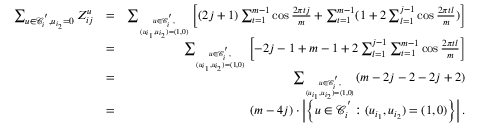
\begin{array} { r l r } { \sum _ { \boldsymbol { u } \in \mathcal { C } _ { i } ^ { ' } , u _ { i _ { 2 } } = 0 } Z _ { i j } ^ { \boldsymbol { u } } } & { = } & { \sum _ { \boldsymbol { u } \in \mathcal { C } _ { i } ^ { ' } , \atop ( u _ { i _ { 1 } } , u _ { i _ { 2 } } ) = ( 1 , 0 ) } \left[ ( 2 j + 1 ) \sum _ { t = 1 } ^ { m - 1 } \cos \frac { 2 \pi t j } { m } + \sum _ { t = 1 } ^ { m - 1 } ( 1 + 2 \sum _ { l = 1 } ^ { j - 1 } \cos \frac { 2 \pi t l } { m } ) \right] } \\ & { = } & { \sum _ { \boldsymbol { u } \in \mathcal { C } _ { i } ^ { ' } , \atop ( u _ { i _ { 1 } } , u _ { i _ { 2 } } ) = ( 1 , 0 ) } \left[ - 2 j - 1 + m - 1 + 2 \sum _ { l = 1 } ^ { j - 1 } \sum _ { t = 1 } ^ { m - 1 } \cos \frac { 2 \pi t l } { m } \right] } \\ & { = } & { \sum _ { \boldsymbol { u } \in \mathcal { C } _ { i } ^ { ' } , \atop ( u _ { i _ { 1 } } , u _ { i _ { 2 } } ) = ( 1 , 0 ) } ( m - 2 j - 2 - 2 j + 2 ) } \\ & { = } & { ( m - 4 j ) \cdot \left| \left\{ \boldsymbol { u } \in \mathcal { C } _ { i } ^ { ' } : ( u _ { i _ { 1 } } , u _ { i _ { 2 } } ) = ( 1 , 0 ) \right\} \right| . } \end{array}